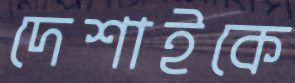
দেশাইকে